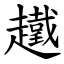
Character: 䟈